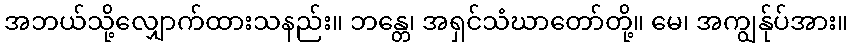
အဘယ်သို့လျှောက်ထားသနည်း။ ဘန္တေ၊ အရှင်သံဃာတော်တို့။ မေ၊ အကျွန်ုပ်အား။